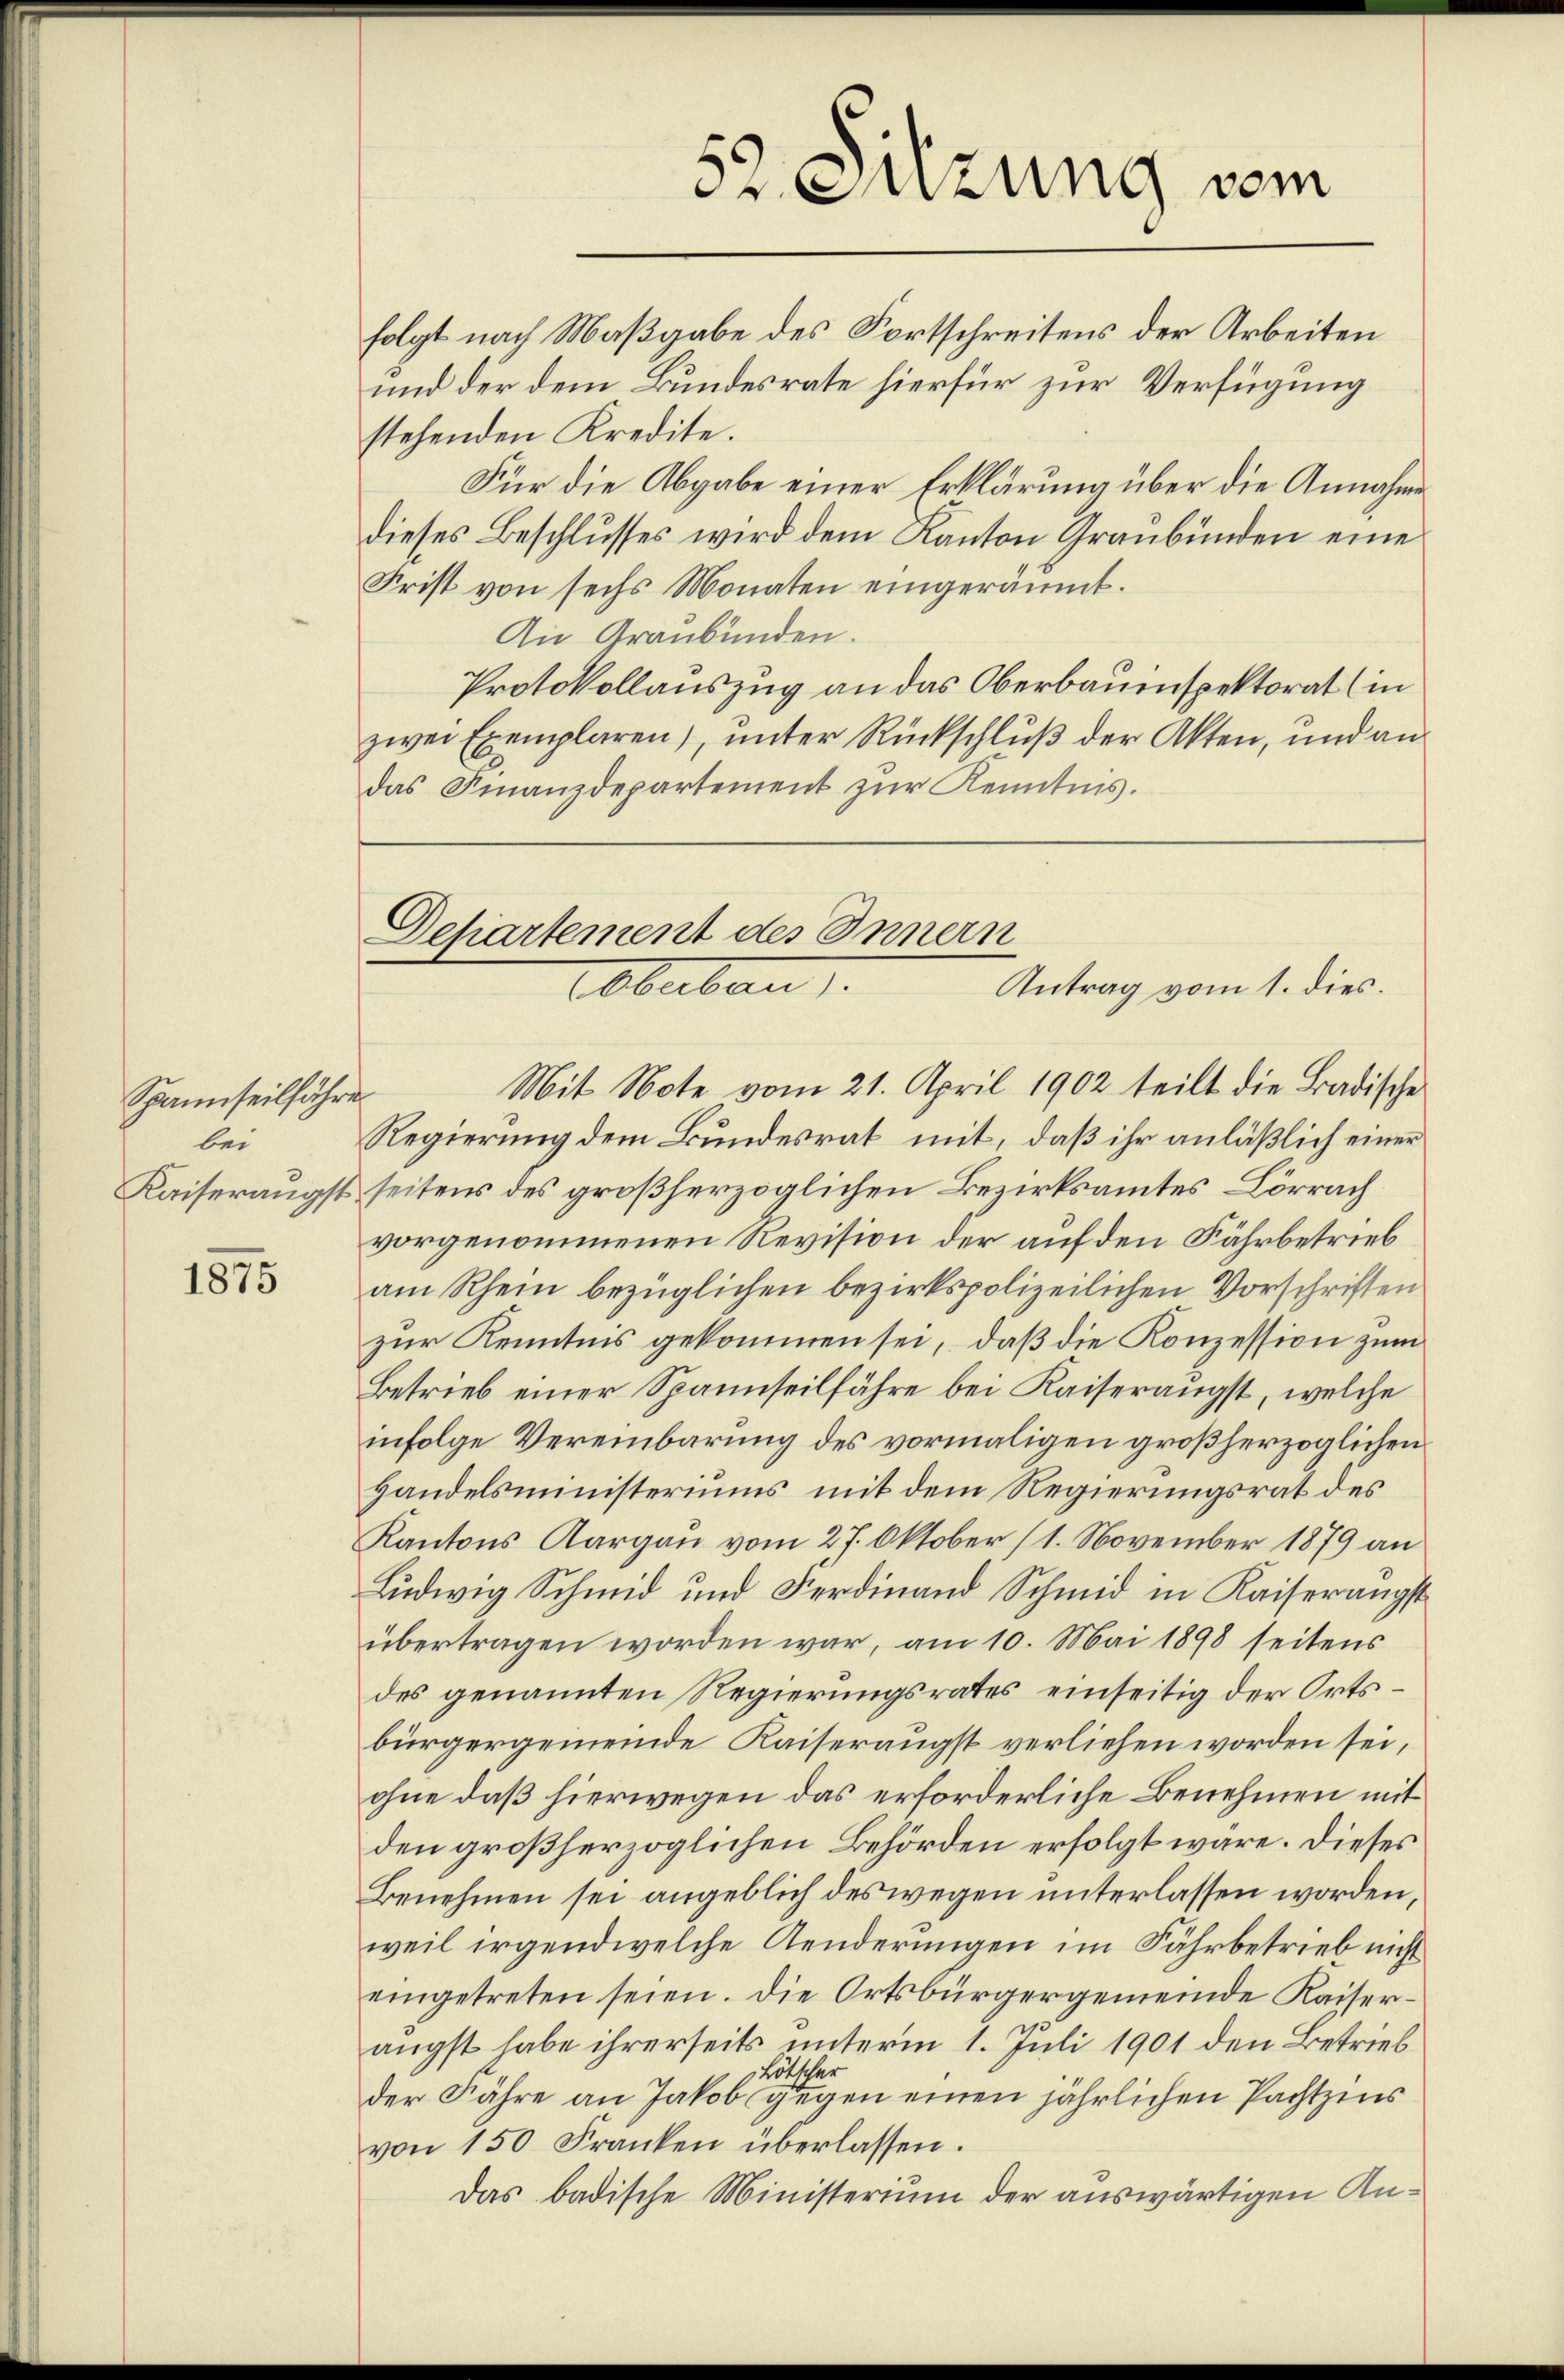
Spannseilfahre
bei

1875

das Finanzdepartement zŭr Kenntnis.

52. Sitzung vom

Departement des Innern
Antrag vom 1. dies.
Oberben

folgt nach Maßgabe des Fortschreitens der Arbeiten
und der dem Bundesrate hierfür zur Verfügung
stehenden Kredite.
Für die Abgabe einer Erklärung über die Annahme
dieses Beschlusses wird dem Kanton Graubünden eine
Frist von sechs Monaten eingeräumt.
An Graubünden.
Protokollauszug an das Oberbauinspektorat (in
zwei Exemplaren), unter Rückschluß der Akten, und an
Mit Note vom 21. April 1902 teilt die Badische
Regierung dem Bundesrat mit, daß ihr anläßlich einer
Kaiseraugst seitens des großherzoglichen Bezirksamtes Lörrach
vorgenommenen Revision der auf den Fährbetrieb
am Rhein bezüglichen bezirkspolizeilichen Vorschriften
zur Kenntnis gekommen sei, daß die Konzession zum
Betrieb einer Spannseilfahre bei Kaiseraugst, welche
infolge Vereinbarung des vormaligen großherzoglichen
Handelsministeriums mit dem Regierungsrat des
Kantons Aargau vom 27. Oktober (1. November 1879 an
Ludwig Schmid und Ferdinand Schmid in Kaiserangst
übertragen worden war, am 10. Mai 1898 seitens
des genannten Regierungsrates einseitig der Ortsbürgergemeinde Kaiseraugst verliehen worden sei,
ohne daß hierwegen das erforderliche Benehmen mit
den großherzoglichen Behörden erfolgt wäre. Dieses
Benehmen sei angeblich des wegen unterlassen worden,
weil irgendwelche Aenderungen im Fahrbetrieb nicht
eingetreten seien. Die Ortsbürgergemeinde Kaiserängst habe ihrerseits unterm 1. Juli 1901 den Betrieb
Lötscher
der Fähre an Jakob gegen einen jährlichen Pachtzins
von 150 Franken überlassen.
Das badische Ministerium der auswärtigen An¬